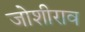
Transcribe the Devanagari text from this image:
जोशीराव